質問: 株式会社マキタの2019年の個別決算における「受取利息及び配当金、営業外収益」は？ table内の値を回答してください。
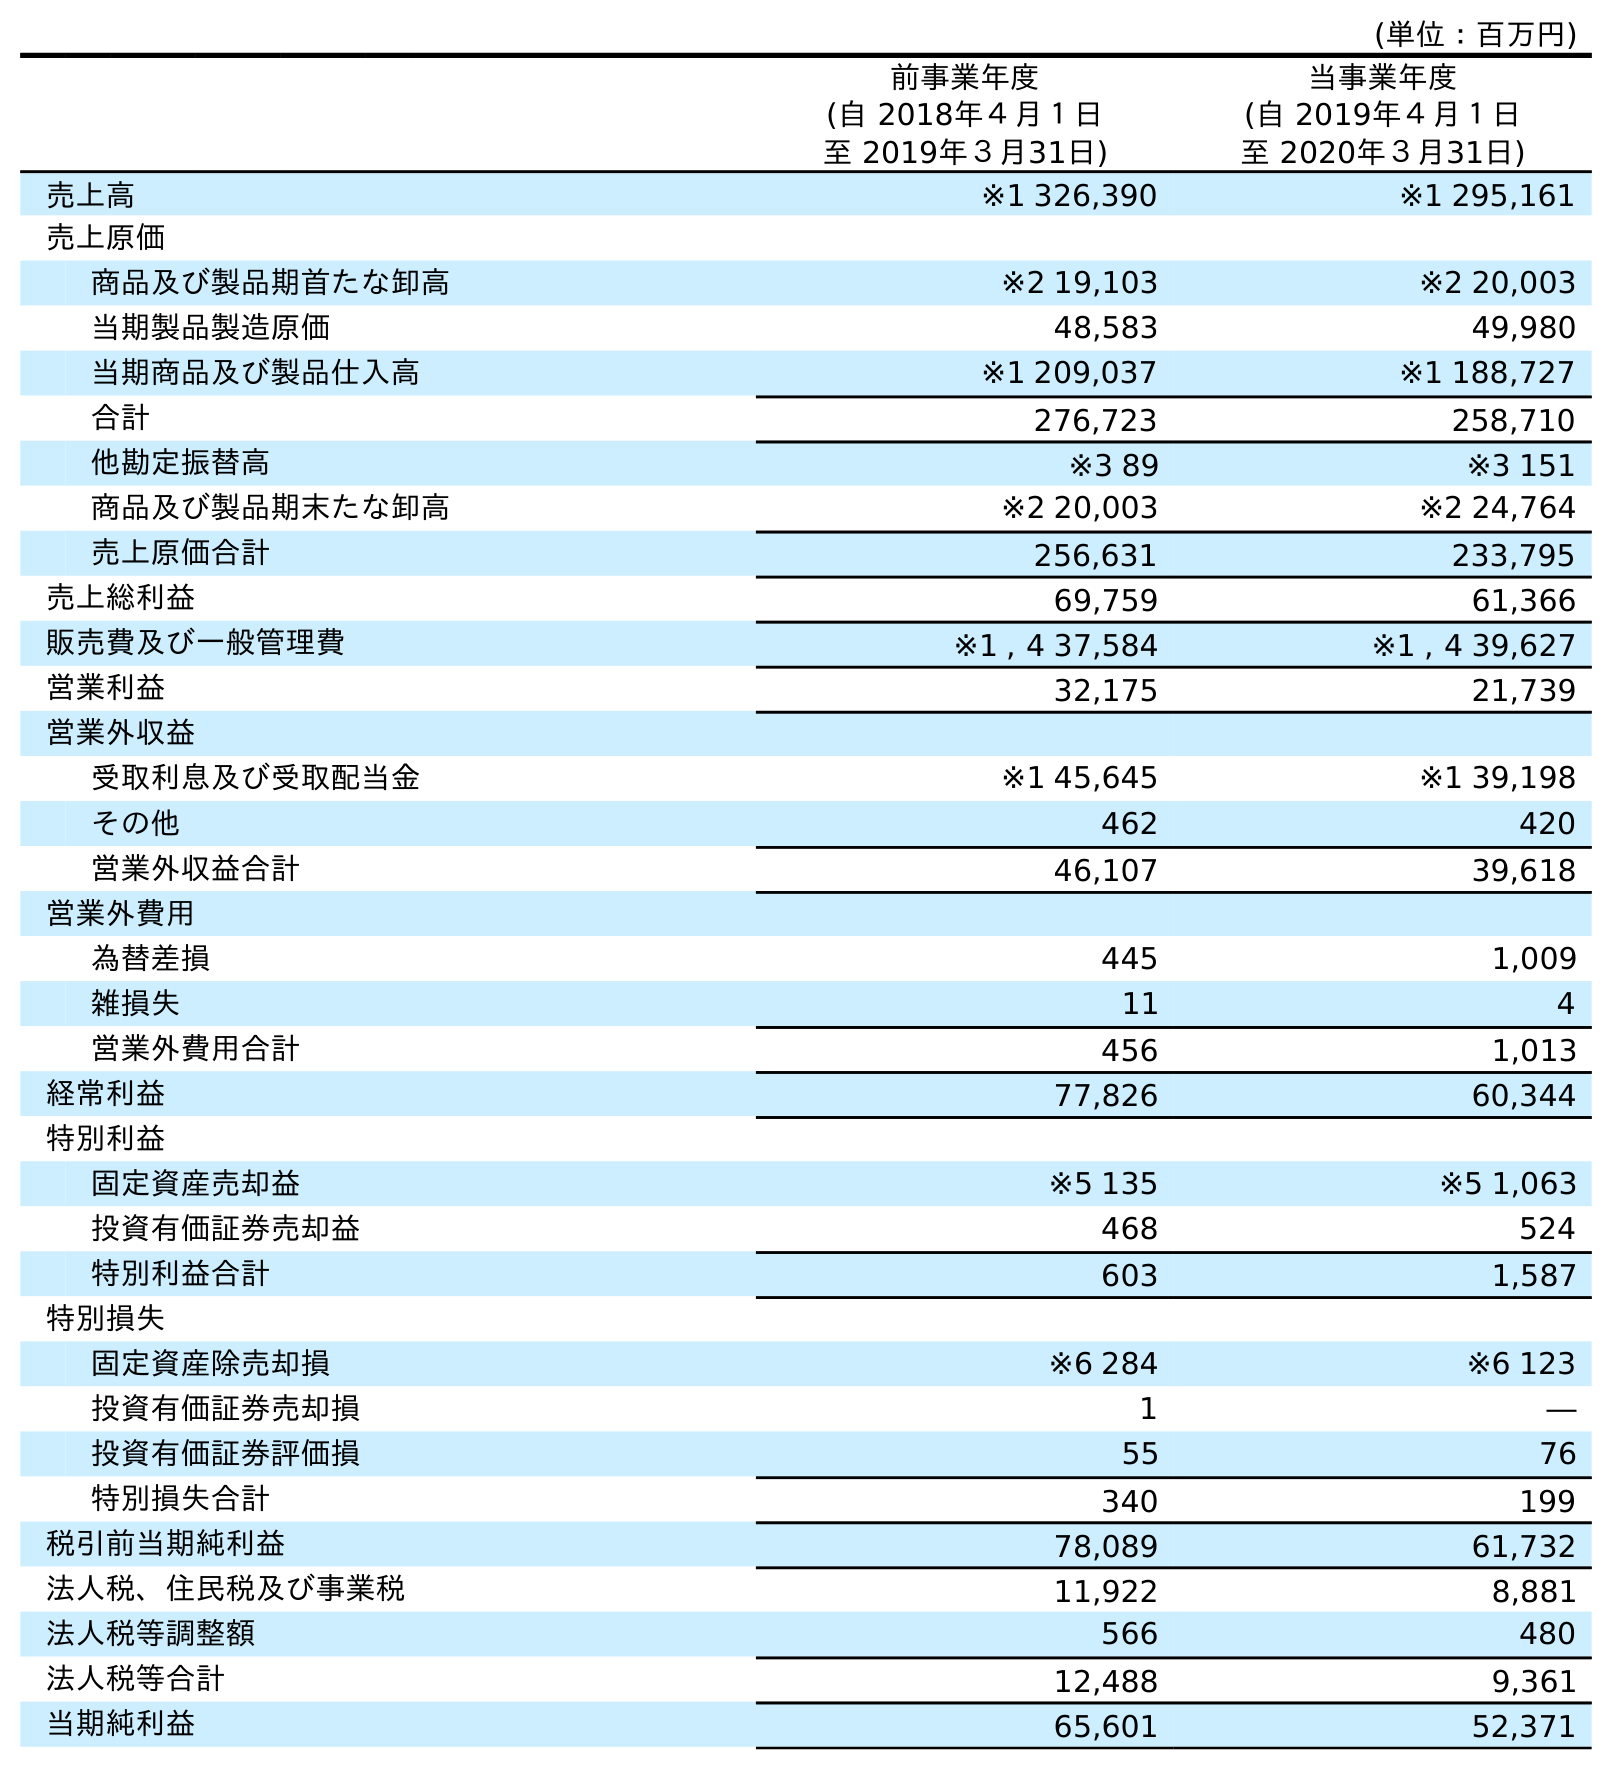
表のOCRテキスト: (単位：百万円) 前事業年度 (自 2018年４月１日 至 2019年３月31日) 当事業年度 (自 2019年４月１日 至 2020年３月31日) 売上高 ※1 326,390 ※1 295,161 売上原価 商品及び製品期首たな卸高 ※2 19,103 ※2 20,003 当期製品製造原価 48,583 49,980 当期商品及び製品仕入高 ※1 209,037 ※1 188,727 合計 276,723 258,710 他勘定振替高 ※3 89 ※3 151 商品及び製品期末たな卸高 ※2 20,003 ※2 24,764 売上原価合計 256,631 233,795 売上総利益 69,759 61,366 販売費及び一般管理費 ※1 , 4 37,584 ※1 , 4 39,627 営業利益 32,175 21,739 営業外収益 受取利息及び受取配当金 ※1 45,645 ※1 39,198 その他 462 420 営業外収益合計 46,107 39,618 営業外費用 為替差損 445 1,009 雑損失 11 4 営業外費用合計 456 1,013 経常利益 77,826 60,344 特別利益 固定資産売却益 ※5 135 ※5 1,063 投資有価証券売却益 468 524 特別利益合計 603 1,587 特別損失 固定資産除売却損 ※6 284 ※6 123 投資有価証券売却損 1 ― 投資有価証券評価損 55 76 特別損失合計 340 199 税引前当期純利益 78,089 61,732 法人税、住民税及び事業税 11,922 8,881 法人税等調整額 566 480 法人税等合計 12,488 9,361 当期純利益 65,601 52,371
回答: ※145,645